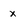
Character: x